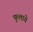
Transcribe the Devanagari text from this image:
फुलाये